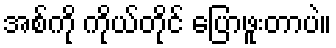
အစ်ကို ကိုယ်တိုင် ပြောဖူးတာပဲ။